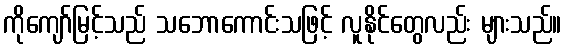
ကိုကျော်မြင့်သည် သဘောကောင်းသဖြင့် လူနိုင်တွေလည်း များသည်။